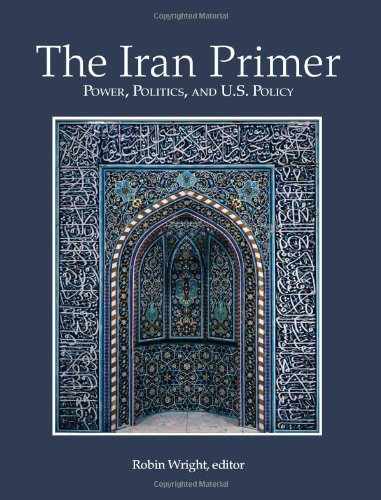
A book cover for THE IRAN PRIMER: Power, Politics, and U.S. Policy; History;